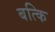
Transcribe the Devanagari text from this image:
बत्कि